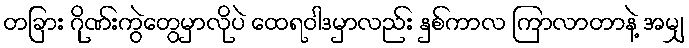
တခြား ဂိုဏ်းကွဲတွေမှာလိုပဲ ထေရဝါဒမှာလည်း နှစ်ကာလ ကြာလာတာနဲ့ အမျှ